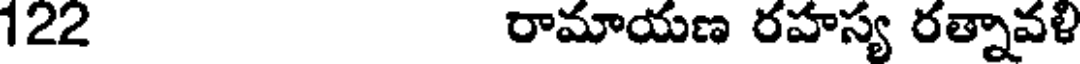
122 రామాయణ రహస్య రత్నావళి